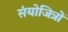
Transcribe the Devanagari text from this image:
संयोजित्रों